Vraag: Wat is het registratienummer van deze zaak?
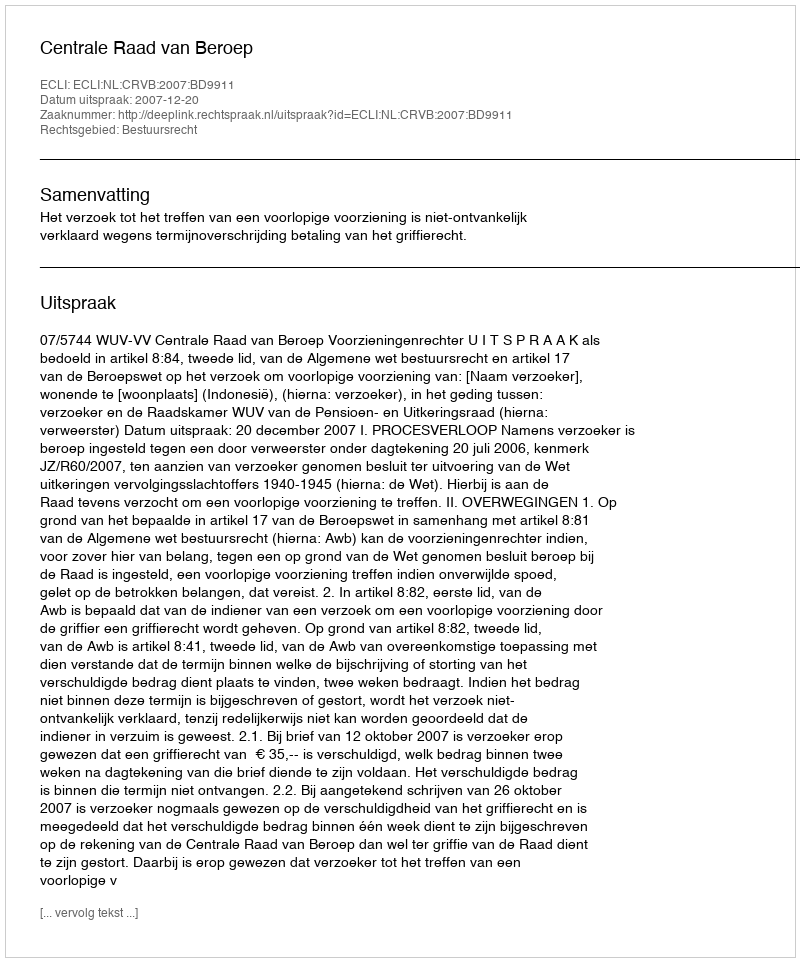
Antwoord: http://deeplink.rechtspraak.nl/uitspraak?id=ECLI:NL:CRVB:2007:BD9911